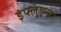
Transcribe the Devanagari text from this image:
इंफ्लुएन्ज़ा